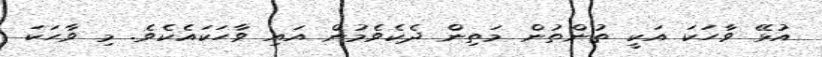
އުޅޭ ވާހަކަ އަކީ ތުންތުން މަތިން ދެކެވެމުން އައި ވާހަކައެކެވެ. މި ވާހަކަ